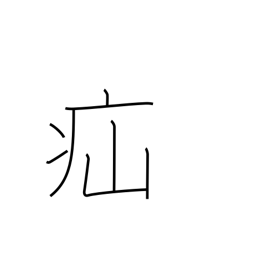
Meaning: colic